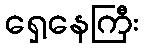
ရှေ့နေကြီး